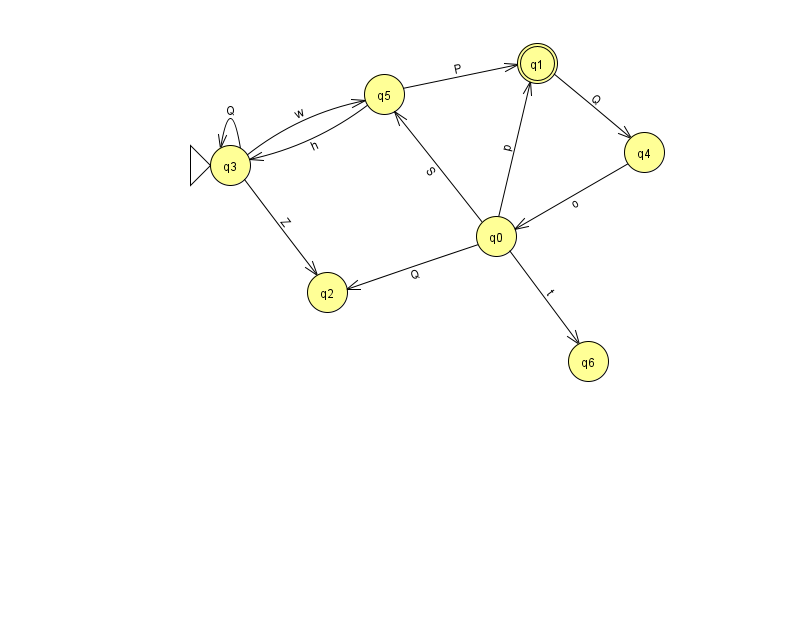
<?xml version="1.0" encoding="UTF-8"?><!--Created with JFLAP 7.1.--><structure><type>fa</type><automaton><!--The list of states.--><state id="0" name="q0"><x>496.0</x><y>223.0</y></state><state id="1" name="q1"><x>537.0</x><y>50.0</y><final/></state><state id="2" name="q2"><x>327.0</x><y>279.0</y></state><state id="3" name="q3"><x>230.0</x><y>152.0</y><initial/></state><state id="4" name="q4"><x>644.0</x><y>139.0</y></state><state id="5" name="q5"><x>384.0</x><y>81.0</y></state><state id="6" name="q6"><x>588.0</x><y>348.0</y></state><!--The list of transitions.--><transition><from>0</from><to>5</to><read>S</read></transition><transition><from>3</from><to>3</to><read>Q</read></transition><transition><from>0</from><to>2</to><read>Q</read></transition><transition><from>3</from><to>5</to><read>w</read></transition><transition><from>1</from><to>4</to><read>Q</read></transition><transition><from>5</from><to>3</to><read>h</read></transition><transition><from>4</from><to>0</to><read>o</read></transition><transition><from>5</from><to>1</to><read>P</read></transition><transition><from>3</from><to>2</to><read>Z</read></transition><transition><from>0</from><to>1</to><read>p</read></transition><transition><from>0</from><to>6</to><read>t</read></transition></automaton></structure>